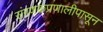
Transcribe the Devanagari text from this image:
संगणकप्रणालीपासून